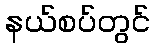
နယ်စပ်တွင်